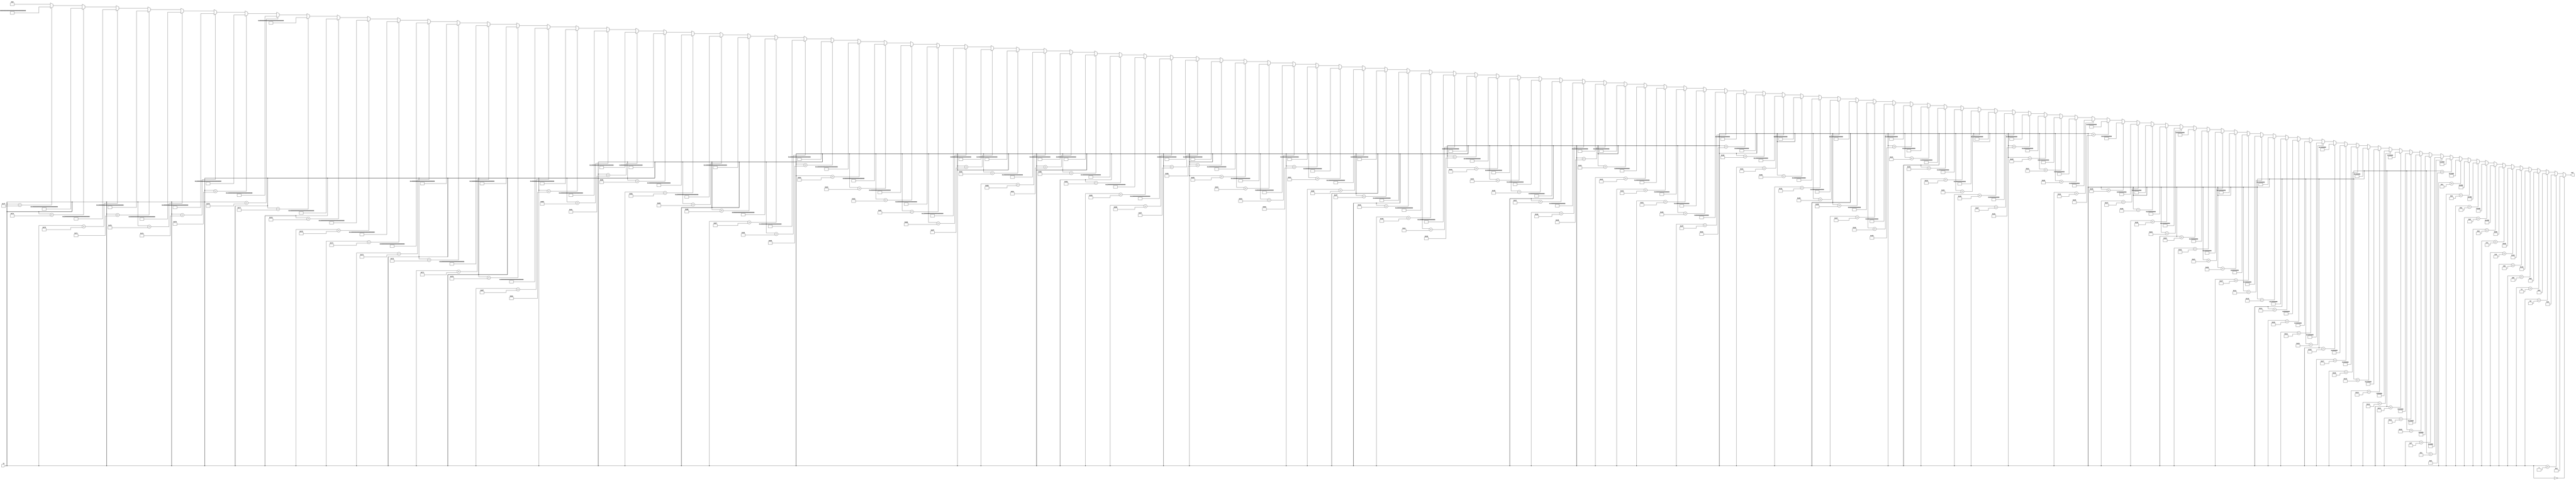
module decoder_7_128b(input [6:0] in, output[127:0] out);

  assign out =  (in==7'h00) ? 128'h00000000000000000000000000000001:
                (in==7'h01) ? 128'h00000000000000000000000000000002:
                (in==7'h02) ? 128'h00000000000000000000000000000004:
                (in==7'h03) ? 128'h00000000000000000000000000000008:

                (in==7'h04) ? 128'h00000000000000000000000000000010:
                (in==7'h05) ? 128'h00000000000000000000000000000020:
                (in==7'h06) ? 128'h00000000000000000000000000000040:
                (in==7'h07) ? 128'h00000000000000000000000000000080:

                (in==7'h08) ? 128'h00000000000000000000000000000100:
                (in==7'h09) ? 128'h00000000000000000000000000000200:
                (in==7'h0A) ? 128'h00000000000000000000000000000400:
                (in==7'h0B) ? 128'h00000000000000000000000000000800:

                (in==7'h0C) ? 128'h00000000000000000000000000001000:
                (in==7'h0D) ? 128'h00000000000000000000000000002000:
                (in==7'h0E) ? 128'h00000000000000000000000000004000:
                (in==7'h0F) ? 128'h00000000000000000000000000008000:

                (in==7'h10) ? 128'h00000000000000000000000000010000:
                (in==7'h11) ? 128'h00000000000000000000000000020000:
                (in==7'h12) ? 128'h00000000000000000000000000040000:
                (in==7'h13) ? 128'h00000000000000000000000000080000:

                (in==7'h14) ? 128'h00000000000000000000000000100000:
                (in==7'h15) ? 128'h00000000000000000000000000200000:
                (in==7'h16) ? 128'h00000000000000000000000000400000:
                (in==7'h17) ? 128'h00000000000000000000000000800000:

                (in==7'h18) ? 128'h00000000000000000000000001000000:
                (in==7'h19) ? 128'h00000000000000000000000002000000:
                (in==7'h1A) ? 128'h00000000000000000000000004000000:
                (in==7'h1B) ? 128'h00000000000000000000000008000000:

                (in==7'h1C) ? 128'h00000000000000000000000010000000:
                (in==7'h1D) ? 128'h00000000000000000000000020000000:
                (in==7'h1E) ? 128'h00000000000000000000000040000000:
                (in==7'h1F) ? 128'h00000000000000000000000080000000:

                (in==7'h20) ? 128'h00000000000000000000000100000000:
                (in==7'h21) ? 128'h00000000000000000000000200000000:
                (in==7'h22) ? 128'h00000000000000000000000400000000:
                (in==7'h23) ? 128'h00000000000000000000000800000000:

                (in==7'h24) ? 128'h00000000000000000000001000000000:
                (in==7'h25) ? 128'h00000000000000000000002000000000:
                (in==7'h26) ? 128'h00000000000000000000004000000000:
                (in==7'h27) ? 128'h00000000000000000000008000000000:

                (in==7'h28) ? 128'h00000000000000000000010000000000:
                (in==7'h29) ? 128'h00000000000000000000020000000000:
                (in==7'h2A) ? 128'h00000000000000000000040000000000:
                (in==7'h2B) ? 128'h00000000000000000000080000000000:

                (in==7'h2C) ? 128'h00000000000000000000100000000000:
                (in==7'h2D) ? 128'h00000000000000000000200000000000:
                (in==7'h2E) ? 128'h00000000000000000000400000000000:
                (in==7'h2F) ? 128'h00000000000000000000800000000000:

                (in==7'h30) ? 128'h00000000000000000001000000000000:
                (in==7'h31) ? 128'h00000000000000000002000000000000:
                (in==7'h32) ? 128'h00000000000000000004000000000000:
                (in==7'h33) ? 128'h00000000000000000008000000000000:

                (in==7'h34) ? 128'h00000000000000000010000000000000:
                (in==7'h35) ? 128'h00000000000000000020000000000000:
                (in==7'h36) ? 128'h00000000000000000040000000000000:
                (in==7'h37) ? 128'h00000000000000000080000000000000:

                (in==7'h38) ? 128'h00000000000000000100000000000000:
                (in==7'h39) ? 128'h00000000000000000200000000000000:
                (in==7'h3A) ? 128'h00000000000000000400000000000000:
                (in==7'h3B) ? 128'h00000000000000000800000000000000:

                (in==7'h3C) ? 128'h00000000000000001000000000000000:
                (in==7'h3D) ? 128'h00000000000000002000000000000000:
                (in==7'h3E) ? 128'h00000000000000004000000000000000:
                (in==7'h3F) ? 128'h00000000000000008000000000000000:

                (in==7'h40) ? 128'h00000000000000010000000000000000:
                (in==7'h41) ? 128'h00000000000000020000000000000000:
                (in==7'h42) ? 128'h00000000000000040000000000000000:
                (in==7'h43) ? 128'h00000000000000080000000000000000:

                (in==7'h44) ? 128'h00000000000000100000000000000000:
                (in==7'h45) ? 128'h00000000000000200000000000000000:
                (in==7'h46) ? 128'h00000000000000400000000000000000:
                (in==7'h47) ? 128'h00000000000000800000000000000000:

                (in==7'h48) ? 128'h00000000000001000000000000000000:
                (in==7'h49) ? 128'h00000000000002000000000000000000:
                (in==7'h4A) ? 128'h00000000000004000000000000000000:
                (in==7'h4B) ? 128'h00000000000008000000000000000000:

                (in==7'h4C) ? 128'h00000000000010000000000000000000:
                (in==7'h4D) ? 128'h00000000000020000000000000000000:
                (in==7'h4E) ? 128'h00000000000040000000000000000000:
                (in==7'h4F) ? 128'h00000000000080000000000000000000:

                (in==7'h50) ? 128'h00000000000100000000000000000000:
                (in==7'h51) ? 128'h00000000000200000000000000000000:
                (in==7'h52) ? 128'h00000000000400000000000000000000:
                (in==7'h53) ? 128'h00000000000800000000000000000000:

                (in==7'h54) ? 128'h00000000001000000000000000000000:
                (in==7'h55) ? 128'h00000000002000000000000000000000:
                (in==7'h56) ? 128'h00000000004000000000000000000000:
                (in==7'h57) ? 128'h00000000008000000000000000000000:

                (in==7'h58) ? 128'h00000000010000000000000000000000:
                (in==7'h59) ? 128'h00000000020000000000000000000000:
                (in==7'h5A) ? 128'h00000000040000000000000000000000:
                (in==7'h5B) ? 128'h00000000080000000000000000000000:

                (in==7'h5C) ? 128'h00000000100000000000000000000000:
                (in==7'h5D) ? 128'h00000000200000000000000000000000:
                (in==7'h5E) ? 128'h00000000400000000000000000000000:
                (in==7'h5F) ? 128'h00000000800000000000000000000000:

                (in==7'h60) ? 128'h00000001000000000000000000000000:
                (in==7'h61) ? 128'h00000002000000000000000000000000:
                (in==7'h62) ? 128'h00000004000000000000000000000000:
                (in==7'h63) ? 128'h00000008000000000000000000000000:

                (in==7'h64) ? 128'h00000010000000000000000000000000:
                (in==7'h65) ? 128'h00000020000000000000000000000000:
                (in==7'h66) ? 128'h00000040000000000000000000000000:
                (in==7'h67) ? 128'h00000080000000000000000000000000:

                (in==7'h68) ? 128'h00000100000000000000000000000000:
                (in==7'h69) ? 128'h00000200000000000000000000000000:
                (in==7'h6A) ? 128'h00000400000000000000000000000000:
                (in==7'h6B) ? 128'h00000800000000000000000000000000:

                (in==7'h6C) ? 128'h00001000000000000000000000000000:
                (in==7'h6D) ? 128'h00002000000000000000000000000000:
                (in==7'h6E) ? 128'h00004000000000000000000000000000:
                (in==7'h6F) ? 128'h00008000000000000000000000000000:

                (in==7'h70) ? 128'h00010000000000000000000000000000:
                (in==7'h71) ? 128'h00020000000000000000000000000000:
                (in==7'h72) ? 128'h00040000000000000000000000000000:
                (in==7'h73) ? 128'h00080000000000000000000000000000:

                (in==7'h74) ? 128'h00100000000000000000000000000000:
                (in==7'h75) ? 128'h00200000000000000000000000000000:
                (in==7'h76) ? 128'h00400000000000000000000000000000:
                (in==7'h77) ? 128'h00800000000000000000000000000000:

                (in==7'h78) ? 128'h01000000000000000000000000000000:
                (in==7'h79) ? 128'h02000000000000000000000000000000:
                (in==7'h7A) ? 128'h04000000000000000000000000000000:
                (in==7'h7B) ? 128'h08000000000000000000000000000000:

                (in==7'h7C) ? 128'h10000000000000000000000000000000:
                (in==7'h7D) ? 128'h20000000000000000000000000000000:
                (in==7'h7E) ? 128'h40000000000000000000000000000000:
                (in==7'h7F) ? 128'h80000000000000000000000000000000:
                
                128'h0;
endmodule